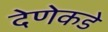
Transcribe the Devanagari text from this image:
देणेकडे